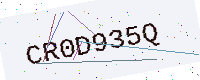
Text: CR0D935Q